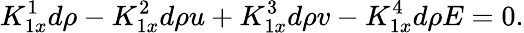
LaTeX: K_{1x}^{1}d\rho-K_{1x}^{2}d\rho u+K_{1x}^{3}d\rho v-K_{1x}^{4}d\rho E=0.